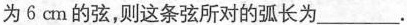
为6cm的弦，则这条弦所对的弧长为 ___.